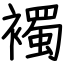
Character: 襡